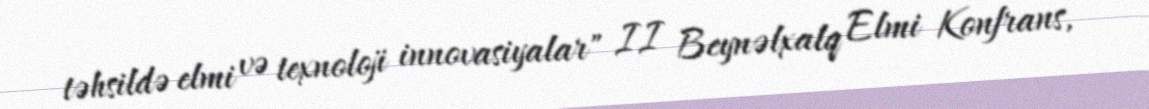
təhsildə elmi və texnoloji innovasiyalar" II Beynəlxalq Elmi Konfrans,